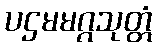
ပဌမမဂ္ဂသုတ္တံ